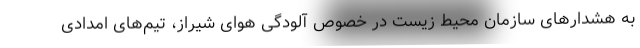
به هشدارهای سازمان محیط زیست در خصوص آلودگی هوای شیراز، تیم‌های امدادی